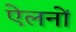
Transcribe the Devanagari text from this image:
ऐलनों